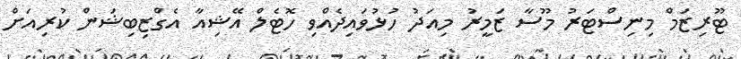
ޓޫރިޒަމް މިނިސްޓަރު މޫސާ ޒަމީރު މިއަދު ހުޅުވައިދެއްވި ހޮޓެލް އޭޝިއާ އެގްޒިބިޝަން ކުރިއަށް